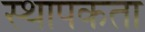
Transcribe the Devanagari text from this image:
स्थापकता